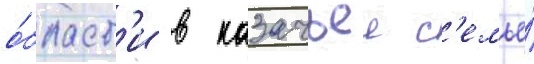
о́бласт'и в казачьеи с'емье́